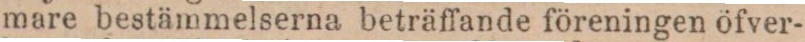
mare bestämmelserna beträffande föreningen öfver-